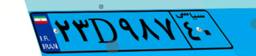
۴۵D۸۹۱۱۹